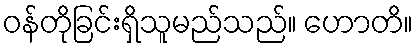
ဝန်တိုခြင်းရှိသူမည်သည်။ ဟောတိ။